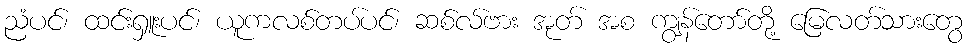
ညံပင်၊ ထင်းရှူးပင်၊ ယူကလစ်တပ်ပင်၊ ဆစ်လ်ဗား အုတ် အစ ကျွန်တော်တို့ မြေလတ်သားတွေ